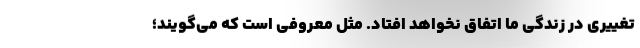
تغییری در زندگی ما اتفاق نخواهد افتاد. مَثَل معروفی است که می‌گویند؛